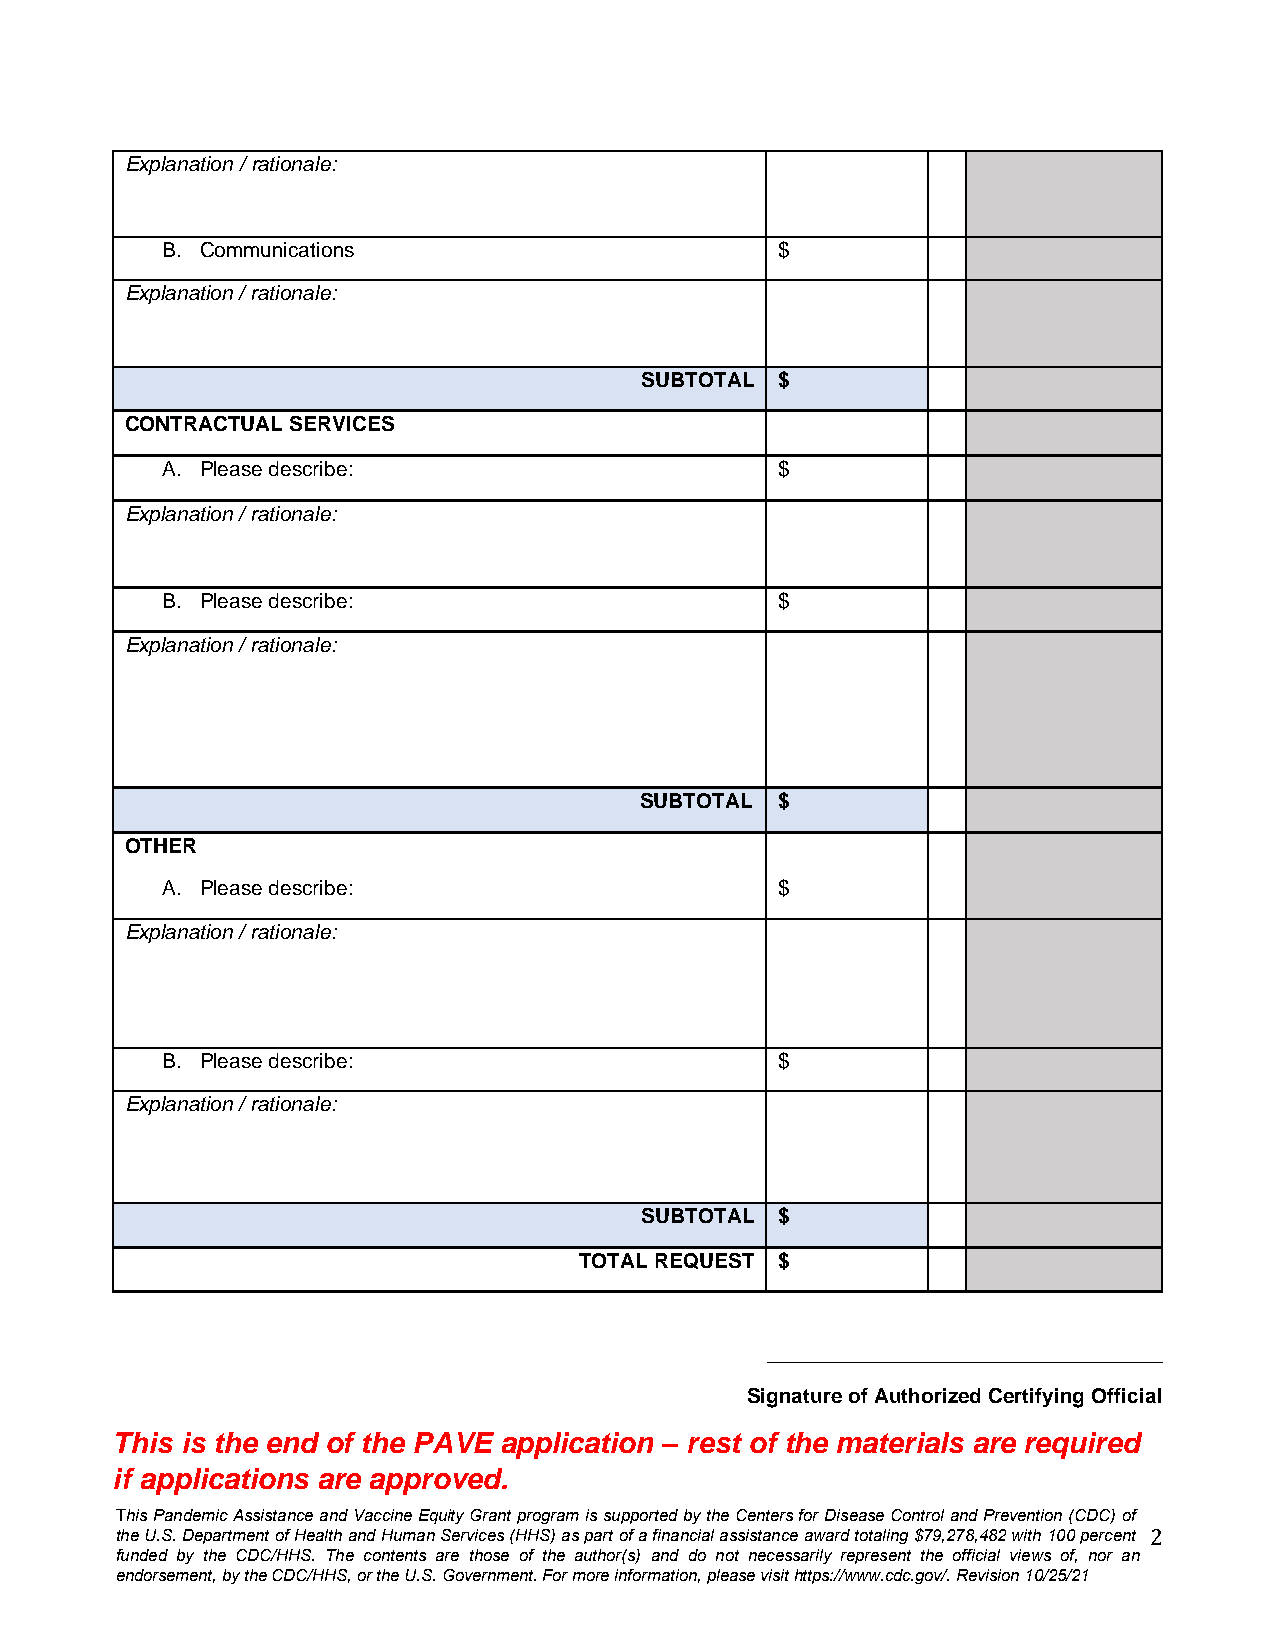
Explanation / rationale:
 B. Communications                       $
 Explanation / rationale:
 SUBTOTAL $
 CONTRACTUAL SERVICES
 A. Please describe:                     $
 Explanation / rationale:
 B. Please describe:                     $
 Explanation / rationale:
 SUBTOTAL $
 OTHER
 A. Please describe:                     $
 Explanation / rationale:
 B. Please describe:                     $
 Explanation / rationale:
 SUBTOTAL $
 TOTAL REQUEST $
 _______________________________
 Signature of Authorized Certifying Official
 This is the end of the PAVE application – rest of the materials are required
 if applications are approved.
 This Pandemic Assistance and Vaccine Equity Grant program is supported by the Centers for Disease Control and Prevention (CDC) of
 the U.S. Department of Health and Human Services (HHS) as part of a financial assistance award totaling $79,278,482 with 100 percent 2
 funded by the CDC/HHS. The contents are those of the author(s) and do not necessarily represent the official views of, nor an
 endorsement, by the CDC/HHS, or the U.S. Government. For more information, please visit https://www.cdc.gov/. Revision 10/25/21